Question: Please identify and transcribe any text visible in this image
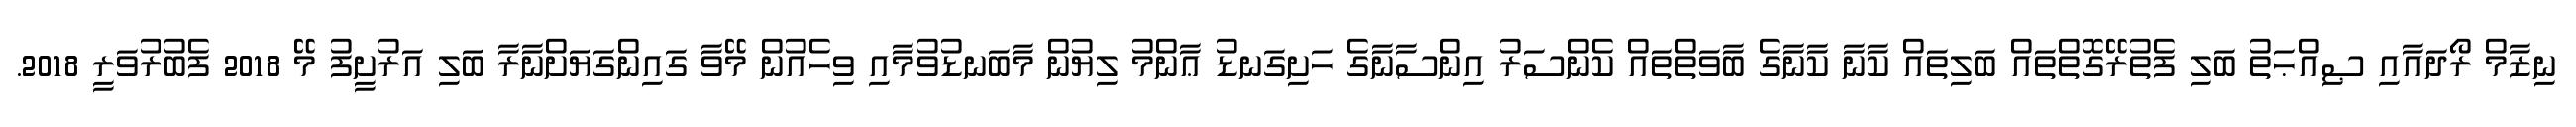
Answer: ނިޒާމް ރޯދައާއި ޞިއްޙަތު ބަލި ފެތުރޭގޮތްތައް ބަލިތައް ކާނާ ކާނާގެ ބާވަތްތައް ކެންސަރު އިންސާނާގެ ހަށިގަނޑު ޢާންމު ލިޔުން މާބަނޑުވުމާއި ވިހެއުން މޭވާ ގައިންގަޔަށްނާރާ ބަލި އަރުށީފު މޭ 2018 ފެބުރުވަރީ 2018.